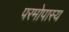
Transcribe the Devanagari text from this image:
परमोपास्य